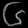
Digit: ၆